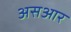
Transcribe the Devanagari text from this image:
असआर